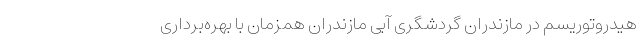
هیدروتوریسم در مازندران گردشگری آبی مازندران همزمان با بهره‌برداری